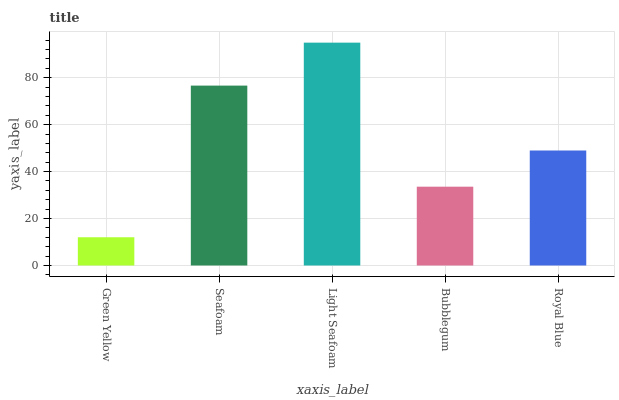
| xaxis_label | bars |
 | --- | --- |
 | Green Yellow | 12 |
 | Seafoam | 76.6 |
 | Light Seafoam | 94.9 |
 | Bubblegum | 33.6 |
 | Royal Blue | 49 |